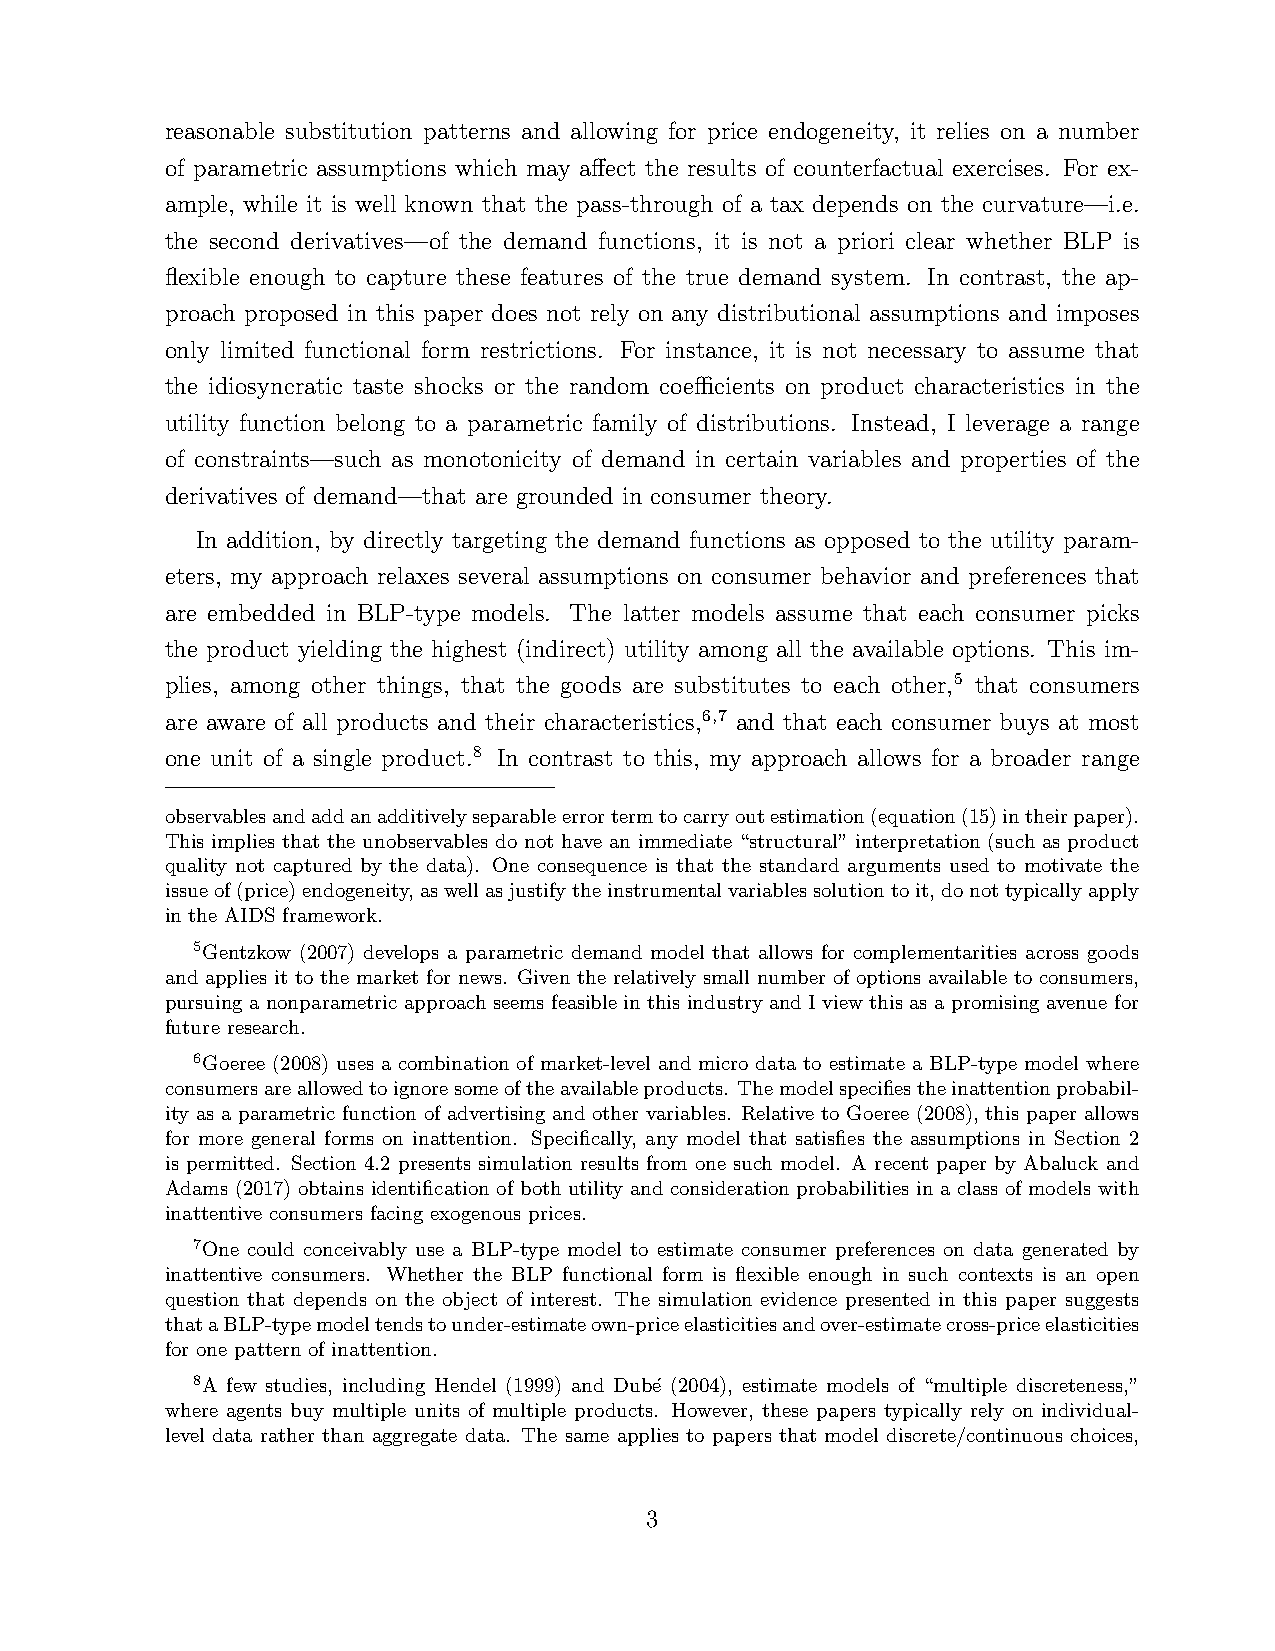
reasonable substitution patterns and allowing for price endogeneity, it relies on a number
 of parametric assumptions which may affect the results of counterfactual exercises. For ex-
 ample, while it is well known that the pass-through of a tax depends on the curvature—i.e.
 the second derivatives—of the demand functions, it is not a priori clear whether BLP is
 flexible enough to capture these features of the true demand system. In contrast, the ap-
 proach proposed in this paper does not rely on any distributional assumptions and imposes
 only limited functional form restrictions. For instance, it is not necessary to assume that
 the idiosyncratic taste shocks or the random coefficients on product characteristics in the
 utility function belong to a parametric family of distributions. Instead, I leverage a range
 of constraints—such as monotonicity of demand in certain variables and properties of the
 derivatives of demand—that are grounded in consumer theory.
 In addition, by directly targeting the demand functions as opposed to the utility param-
 eters, my approach relaxes several assumptions on consumer behavior and preferences that
 are embedded in BLP-type models. The latter models assume that each consumer picks
 the product yielding the highest (indirect) utility among all the available options. This im-
 plies, among other things, that the goods are substitutes to each other,5 that consumers
 are aware of all products and their characteristics,6,7 and that each consumer buys at most
 one unit of a single product.8 In contrast to this, my approach allows for a broader range
 observablesandaddanadditivelyseparableerrortermtocarryoutestimation(equation(15)intheirpaper).
 This implies that the unobservables do not have an immediate “structural” interpretation (such as product
 quality not captured by the data). One consequence is that the standard arguments used to motivate the
 issueof(price)endogeneity,aswellasjustifytheinstrumentalvariablessolutiontoit,donottypicallyapply
 in the AIDS framework.
 5Gentzkow (2007) develops a parametric demand model that allows for complementarities across goods
 and applies it to the market for news. Given the relatively small number of options available to consumers,
 pursuing a nonparametric approach seems feasible in this industry and I view this as a promising avenue for
 future research.
 6Goeree (2008) uses a combination of market-level and micro data to estimate a BLP-type model where
 consumersareallowedtoignoresomeoftheavailableproducts. Themodelspecifiestheinattentionprobabil-
 ity as a parametric function of advertising and other variables. Relative to Goeree (2008), this paper allows
 for more general forms on inattention. Specifically, any model that satisfies the assumptions in Section 2
 is permitted. Section 4.2 presents simulation results from one such model. A recent paper by Abaluck and
 Adams (2017) obtains identification of both utility and consideration probabilities in a class of models with
 inattentive consumers facing exogenous prices.
 7One could conceivably use a BLP-type model to estimate consumer preferences on data generated by
 inattentive consumers. Whether the BLP functional form is flexible enough in such contexts is an open
 question that depends on the object of interest. The simulation evidence presented in this paper suggests
 thataBLP-typemodeltendstounder-estimateown-priceelasticitiesandover-estimatecross-priceelasticities
 for one pattern of inattention.
 8A few studies, including Hendel (1999) and Dub´e (2004), estimate models of “multiple discreteness,”
 where agents buy multiple units of multiple products. However, these papers typically rely on individual-
 level data rather than aggregate data. The same applies to papers that model discrete/continuous choices,
 3